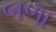
બળા